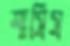
শাসিস